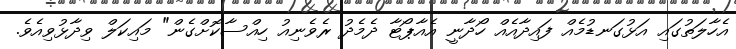
އެހާލަތުގައި އަޅުގަނޑުމެއް ފައިދާއެއް ހޯދާނީ އެއާޕޯޓާ ދެމެދު ރެވެނިއު ހިއްސާކޮށްގެން" މައިކަލް ވިދާޅުވިއެވެ.